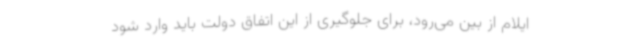
ایلام از بین می‌رود، برای جلوگیری از این اتفاق دولت باید وارد شود